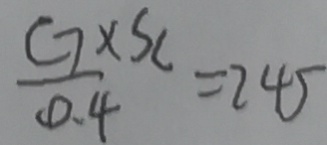
\frac { G \times S L } { 0 . 4 } = 2 4 5